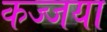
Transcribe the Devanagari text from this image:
कज्जया